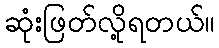
ဆုံးဖြတ်လို့ရတယ်။